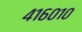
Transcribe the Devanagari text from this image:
४१६०१०